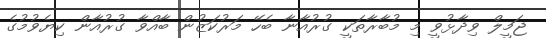
ޖަމީލް ވިދާޅުވީ މި މުބާރާތަކީ ގުރުއާނާ ބެހޭ މަރުކަޒުން ބާއްވާ ގުރުއާން ކިޔެވުމުގެ